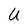
Character: U